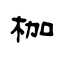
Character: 枷